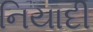
નિયાદી